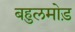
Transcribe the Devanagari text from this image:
बहुलमोड़